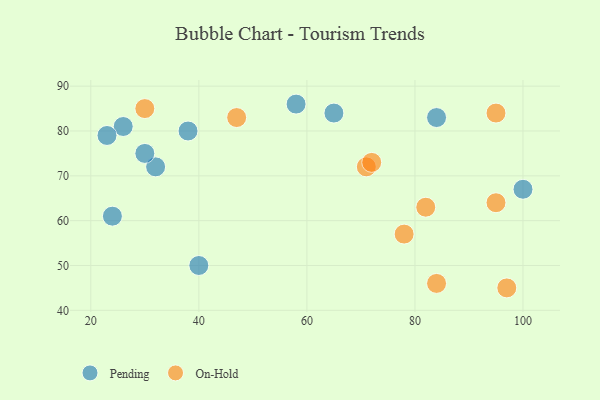
{"axis": {"x": "GDP", "y": "Life Expectancy"}, "legend": ["On-Hold", "Pending"], "data": [{"x": "32", "y": 72, "type": "Pending"}, {"x": "58", "y": 86, "type": "Pending"}, {"x": "65", "y": 84, "type": "Pending"}, {"x": "26", "y": 81, "type": "Pending"}, {"x": "38", "y": 80, "type": "Pending"}, {"x": "24", "y": 61, "type": "Pending"}, {"x": "23", "y": 79, "type": "Pending"}, {"x": "100", "y": 67, "type": "Pending"}, {"x": "30", "y": 75, "type": "Pending"}, {"x": "84", "y": 83, "type": "Pending"}, {"x": "40", "y": 50, "type": "Pending"}, {"x": "71", "y": 72, "type": "On-Hold"}, {"x": "47", "y": 83, "type": "On-Hold"}, {"x": "97", "y": 45, "type": "On-Hold"}, {"x": "95", "y": 84, "type": "On-Hold"}, {"x": "82", "y": 63, "type": "On-Hold"}, {"x": "72", "y": 73, "type": "On-Hold"}, {"x": "78", "y": 57, "type": "On-Hold"}, {"x": "95", "y": 64, "type": "On-Hold"}, {"x": "84", "y": 46, "type": "On-Hold"}, {"x": "30", "y": 85, "type": "On-Hold"}]}